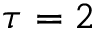
\tau = 2